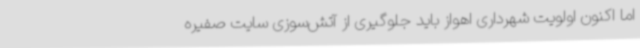
اما اکنون اولویت شهرداری اهواز باید جلوگیری از آتش‌سوزی سایت صفیره